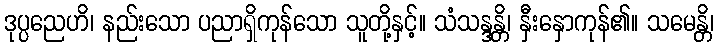
ဒုပ္ပညေဟိ၊ နည်းသော ပညာရှိကုန်သော သူတို့နှင့်။ သံသန္ဒန္တိ၊ နှီးနှောကုန်၏။ သမေန္တိ၊